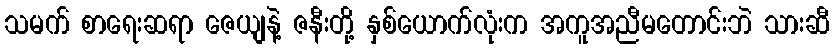
သမက် စာရေးဆရာ ဇေယျနဲ့ ဇနီးတို့ နှစ်ယောက်လုံးက အကူအညီမတောင်းဘဲ သားဆီ